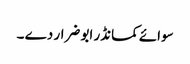
سوائے کمانڈر ابو ضرار دے ۔